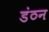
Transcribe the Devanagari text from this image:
डंठन